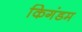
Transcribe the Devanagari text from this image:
किगंडम